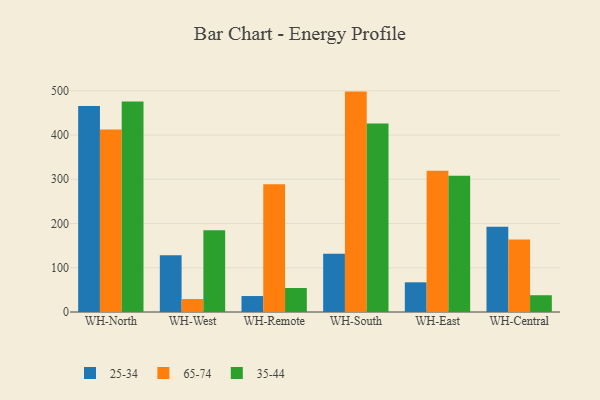
{"axis": {"x": "Warehouse", "y": "LTV (USD)"}, "legend": ["25-34", "35-44", "65-74"], "data": [{"x": "WH-North", "y": 465.8, "type": "25-34"}, {"x": "WH-North", "y": 412.3, "type": "65-74"}, {"x": "WH-North", "y": 475.8, "type": "35-44"}, {"x": "WH-West", "y": 128.5, "type": "25-34"}, {"x": "WH-West", "y": 29.3, "type": "65-74"}, {"x": "WH-West", "y": 184.6, "type": "35-44"}, {"x": "WH-Remote", "y": 36.1, "type": "25-34"}, {"x": "WH-Remote", "y": 288.9, "type": "65-74"}, {"x": "WH-Remote", "y": 54.2, "type": "35-44"}, {"x": "WH-South", "y": 131.5, "type": "25-34"}, {"x": "WH-South", "y": 498.2, "type": "65-74"}, {"x": "WH-South", "y": 425.9, "type": "35-44"}, {"x": "WH-East", "y": 67.1, "type": "25-34"}, {"x": "WH-East", "y": 319.1, "type": "65-74"}, {"x": "WH-East", "y": 308.2, "type": "35-44"}, {"x": "WH-Central", "y": 192.9, "type": "25-34"}, {"x": "WH-Central", "y": 163.8, "type": "65-74"}, {"x": "WH-Central", "y": 37.9, "type": "35-44"}]}